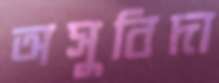
অসুবিদা